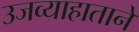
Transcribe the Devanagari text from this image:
उजव्याहाताने